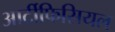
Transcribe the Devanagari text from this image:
आर्टीफिसियल